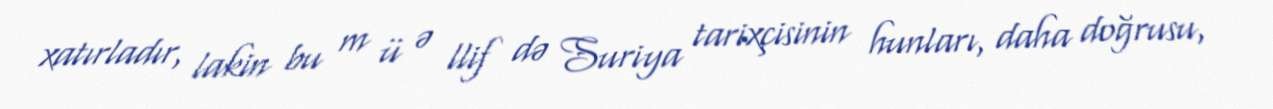
xatırladır, lakin bu m ü ə llif də Suriya tarixçisinin hunları, daha doğrusu,